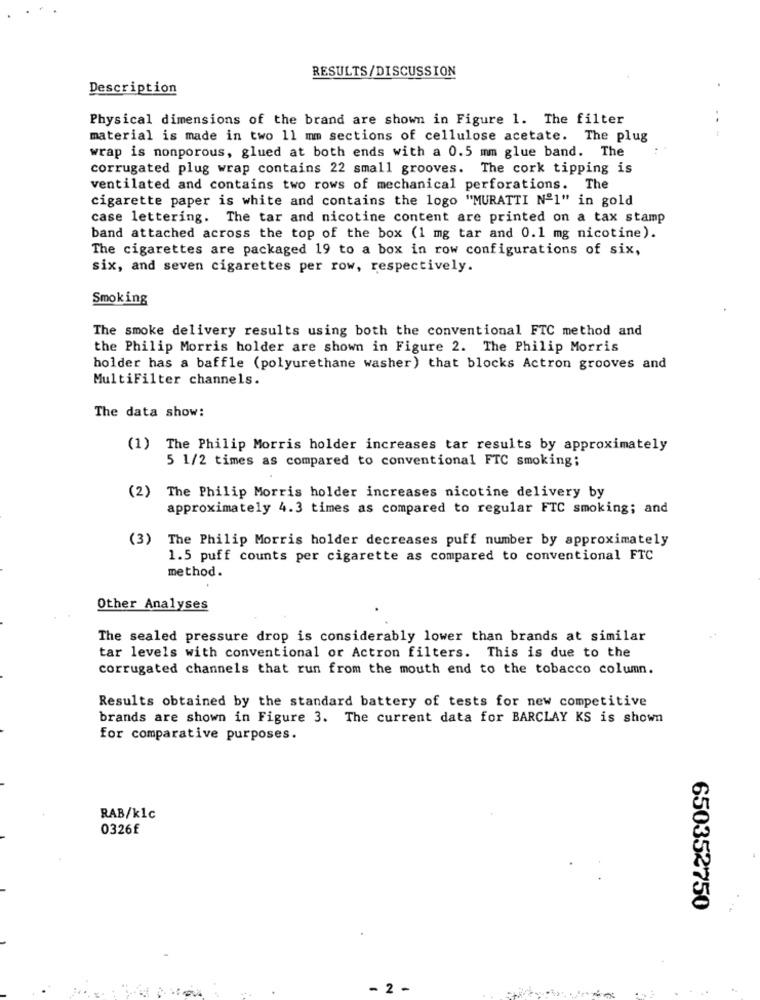
RESULTS/DISCUSSION
Description
.
Physical dimensions of the brand are shown in Figure 1. The filter
. .
material is made in two 11 mm sections of cellulose acetate. The plug
wrap is nonporous, glued at both ends with a 0.5 mm glue band. The
corrugated plug wrap contains 22 small grooves. The cork tipping is
ventilated and contains two rows of mechanical perforations. The
cigarette paper is white and contains the logo "MURATTI Nº1" in gold
case lettering. The tar and nicotine content are printed on a tax stamp
band attached across the top of the box (1 mg tar and 0.1 mg nicotine).
The cigarettes are packaged 19 to a box in row configurations of six,
six, and seven cigarettes per row, respectively.
Smoking
The smoke delivery results using both the conventional FTC method and
the Philip Morris holder are shown in Figure 2. The Philip Morris
holder has a baffle (polyurethane washer) that blocks Actron grooves and
MultiFilter channels.
The data show:
(1) The Philip Morris holder increases tar results by approximately
5 1/2 times as compared to conventional FTC smoking;
(2)
The Philip Morris holder increases nicotine delivery by
approximately 4.3 times as compared to regular FTC smoking; and
(3)
The Philip Morris holder decreases puff number by approximately
1.5 puff counts per cigarette as compared to conventional FTC
method.
Other Analyses
The sealed pressure drop is considerably lower than brands at similar
tar levels with conventional or Actron filters. This is due to the
corrugated channels that run from the mouth end to the tobacco column.
Results obtained by the standard battery of tests for new competitive
brands are shown in Figure 3. The current data for BARCLAY KS is shown
for comparative purposes.
RAB/klc
0326£
650352750
-
2-